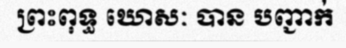
ព្រះពុទ្ធ ឃោសៈ បាន បញ្ជាក់